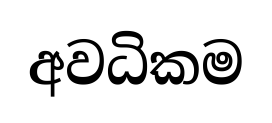
අවධිකම